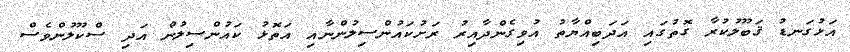
އަޅުގަނޑު ޤަބޫލުކުރާ ގޮތުގައި އަދަބިއްޔާތު އުވިގެންދާއިރު ރަށުކައުންސިލުންނާއި އަތޮޅު ކައުންސިލުން އަދި ސްކޫލުންވެސް